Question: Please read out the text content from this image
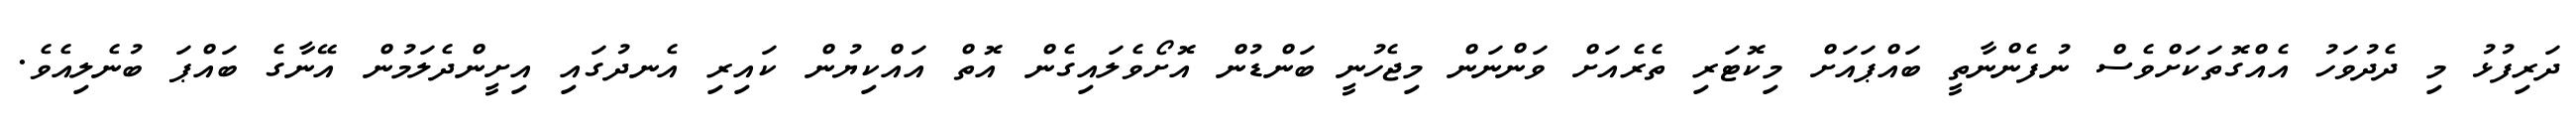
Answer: ދަރިފުޅު މި ދެދުވަހު އެއްގޮތަކަށްވެސް ނުފެންނާތީ ބައްޕައަށް މިކޮޓަރި ތެރެއަށް ވަންނަން މިޖެހުނީ ބަންޑުން އޮށޯވެލައިގެން އޮތް އައްކިޔުން ކައިރި އެނދުގައި އިށީންދެލަމުން އޭނާގެ ބައްޕަ ބުނެލިއެވެ.